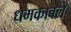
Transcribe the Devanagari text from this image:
धमकावले